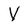
Character: V